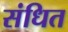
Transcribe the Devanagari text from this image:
संधित